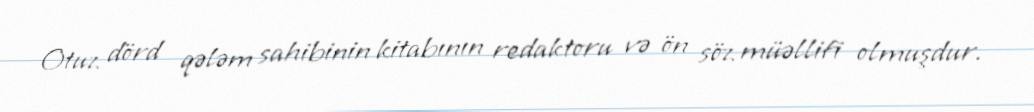
Otuz dörd qələm sahibinin kitabının redaktoru və ön söz müəllifi olmuşdur.